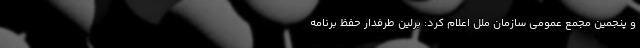
و پنجمین مجمع عمومی سازمان ملل اعلام کرد: برلین طرفدار حفظ برنامه